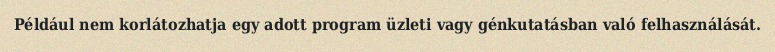
Például nem korlátozhatja egy adott program üzleti vagy génkutatásban való felhasználását.